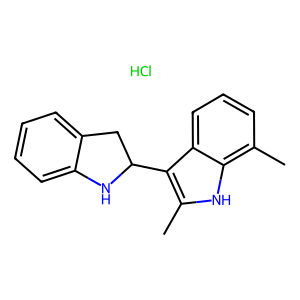
SMILES: Cc1[nH]c2c(C)cccc2c1C1Cc2ccccc2N1.Cl
Inhibits HIV replication: No